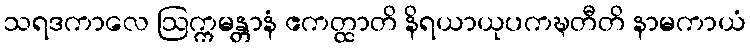
သရဒကာလေ ဩက္ကမန္တာနံ ဧကတ္ထာတိ နိရယာယုပကဍ္ဎတီတိ နာမကာယံ